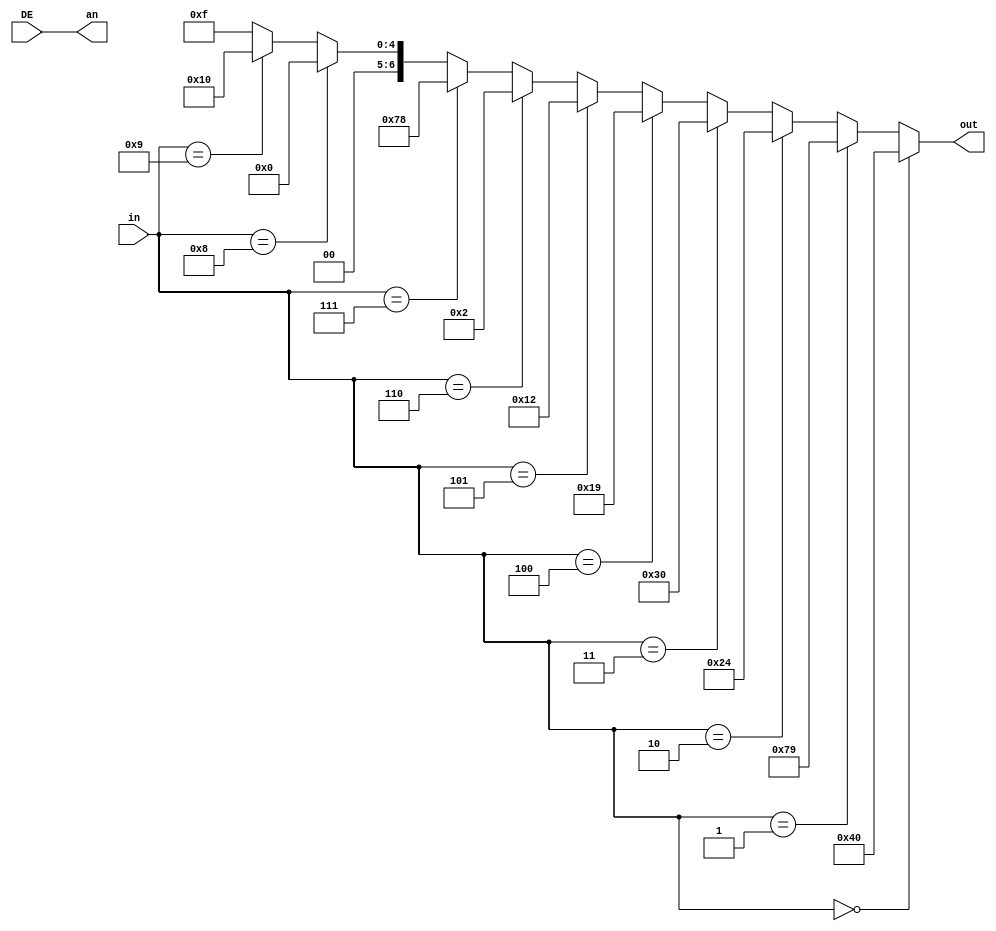
`timescale 1ns / 1ps
//////////////////////////////////////////////////////////////////////////////////
// Company: 
// Engineer: 
// 
// Design Name: 
// Module Name:    Display 
// Project Name: 
// Target Devices: 
// Tool versions: 
// Description: 
//
// Dependencies: 
//
// Revision: 
// Revision 0.01 - File Created
// Additional Comments: 
//
//////////////////////////////////////////////////////////////////////////////////
module Display(in,DE,an,out);

input [3:0] in;
input [3:0] DE;
output [3:0] an;
output [6:0] out;

assign out = (in == 4'b0000) ? 7'b1000000:
				 (in == 4'b0001) ? 7'b1111001:
				 (in == 4'b0010) ? 7'b0100100:
				 (in == 4'b0011) ? 7'b0110000:
				 (in == 4'b0100) ? 7'b0011001:
				 (in == 4'b0101) ? 7'b0010010:
				 (in == 4'b0110) ? 7'b0000010:
				 (in == 4'b0111) ? 7'b1111000:
				 (in == 4'b1000) ? 7'b0000000:
				 (in == 4'b1001) ? 7'b0010000:
				 7'b1111;
assign an = DE;

endmodule